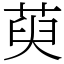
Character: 萸